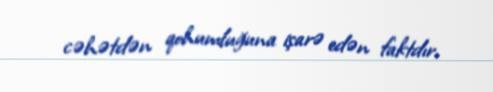
cəhətdən qohumluğuna işarə edən faktdır.